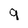
Character: 9